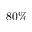
8 0 \%